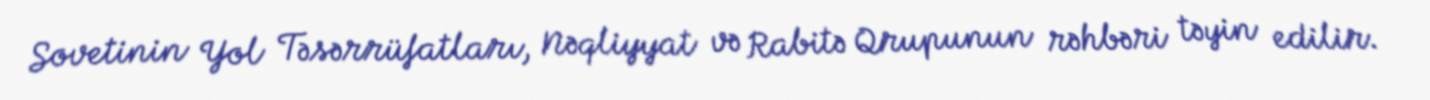
Sovetinin Yol Təsərrüfatları, Nəqliyyat və Rabitə Qrupunun rəhbəri təyin edilir.